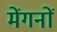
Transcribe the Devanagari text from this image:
मेंगनों